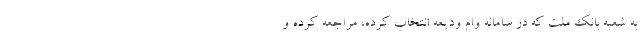
به شعبه بانک ملت که در سامانه وام ودیعه انتخاب کرده، مراجعه کرده و